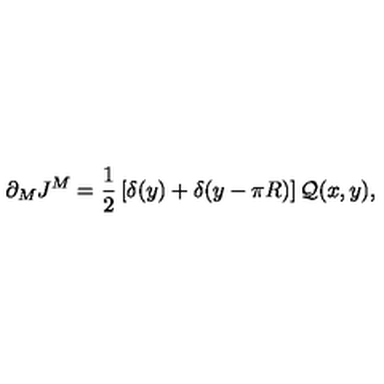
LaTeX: \partial _ { M } J ^ { M } = \frac { 1 } { 2 } \left[ \delta ( y ) + \delta ( y - \pi R ) \right] { \cal Q } ( x , y ) ,